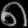
Digit: ၈